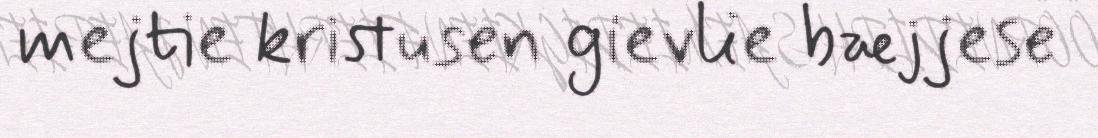
mejtie kristusen gievlie bæjjese